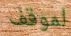
لموقف